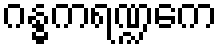
ဂန္ဓကရဏ္ဍကေ